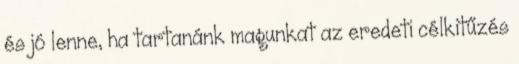
és jó lenne, ha tartanánk magunkat az eredeti célkitűzés